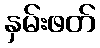
နှမ်းဖတ်